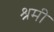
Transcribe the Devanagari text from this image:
श्रमी